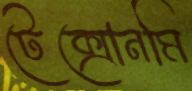
টেক্সোনমি